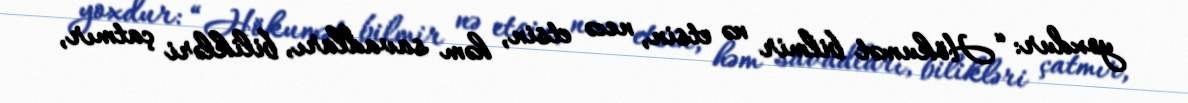
yoxdur: “Hökumət bilmir nə etsin, necə etsin, həm savadları, bilikləri çatmır,